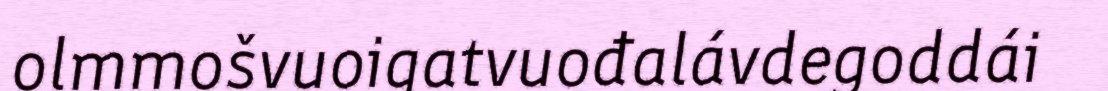
olmmošvuoigatvuođalávdegoddái